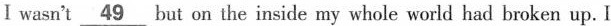
I wasn't\underline{49}but on the inside my whole world had broken up. I